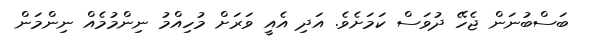
ބަސްބުނަން ޖެހޭ ދުވަސް ކަމަށެވެ. އަދި އެއީ ވަރަށް މުހިއްމު ނިންމުމެއް ނިންމަން